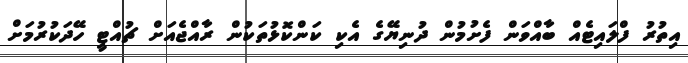
އިތުރު ފްލައިޓެއް ބާއްވަން ފެށުމުން ދުނިޔޭގެ އެކި ކަންކޮޅުތަކުން ރާއްޖެއަށް ޗުއްޓީ ހޭދަކުރުމަށް